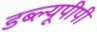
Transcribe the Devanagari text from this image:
डब्ल्यूपीपी